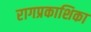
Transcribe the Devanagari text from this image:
रागप्रकाशिका